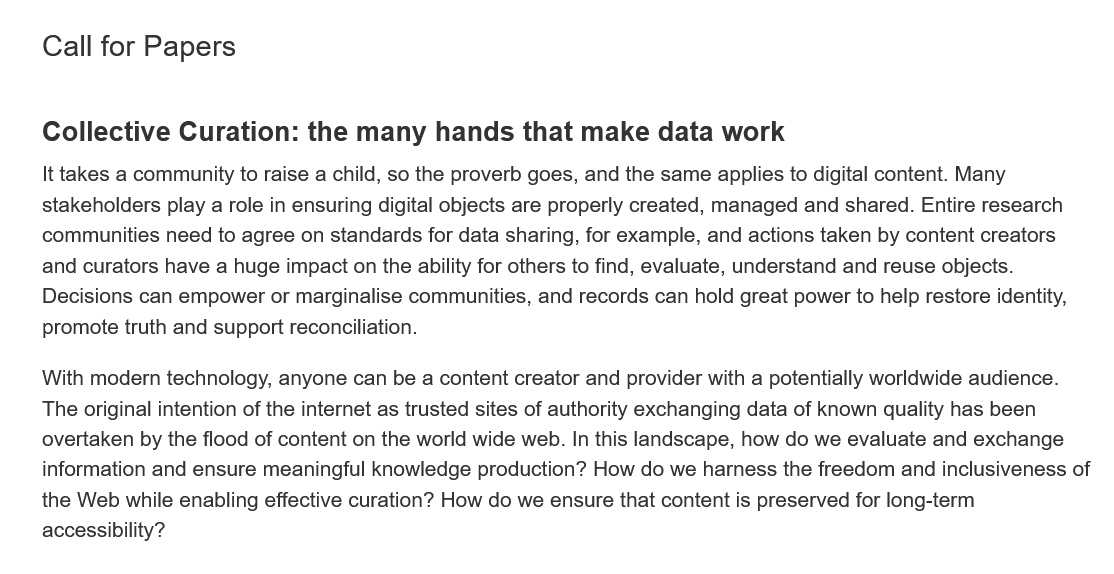
Call for Papers
     Collective  Curation:   the  many   hands that    make   data  work
     It takes a community to raise a child, so the proverb goes, and the same applies to digital content. Many
     stakeholders play a role in ensuring digital objects are properly created, managed and shared. Entire research
     communities need to agree on standards for data sharing, for example, and actions taken by content creators
     and curators have a huge impact on the ability for others to find, evaluate, understand and reuse objects.
     Decisions can empower or marginalise communities, and records can hold great power to help restore identity,
     promote truth and support reconciliation.
    With modern technology, anyone can be a content creator and provider with a potentially worldwide audience.
    The original intention of the internet as trusted sites of authority exchanging data of known quality has been
     overtaken by the flood of content on the world wide web. In this landscape, how do we evaluate and exchange
     information and ensure meaningful knowledge production? How do we harness the freedom and inclusiveness
    the Web while enabling effective curation? How do we ensure that content is preserved for long-term
     accessibility?